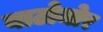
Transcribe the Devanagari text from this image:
बाटोमोर